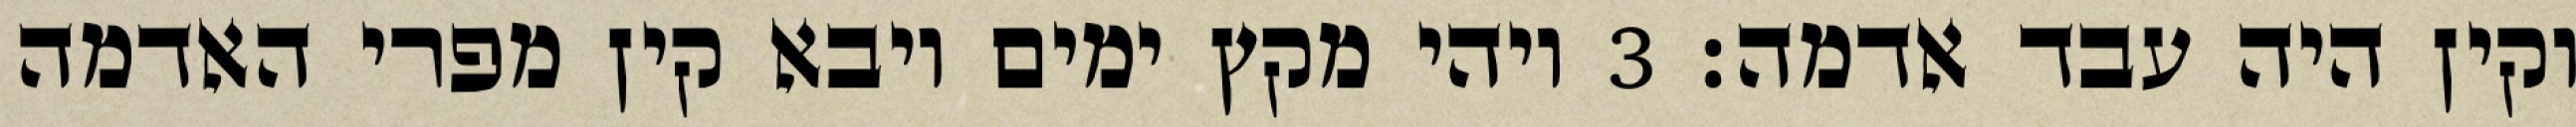
וקין היה עבד אדמה׃ ‎3‏ ויהי מקץ ימים ויבא קין מפרי האדמה